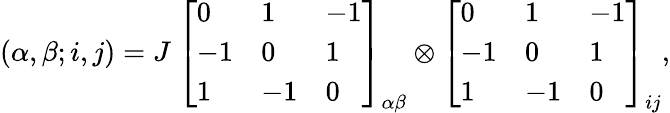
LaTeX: (\alpha,\beta;i,j)=J~{\left[\begin{array}{lll}{0}&{1}&{-1}\\ {-1}&{0}&{1}\\ {1}&{-1}&{0}\end{array}\right]}_{\alpha\beta}\otimes{\left[\begin{array}{lll}{0}&{1}&{-1}\\ {-1}&{0}&{1}\\ {1}&{-1}&{0}\end{array}\right]}_{ij},